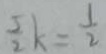
\frac { 5 } { 2 } k = \frac { 1 } { 2 }